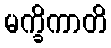
မက္ခိကာတိ